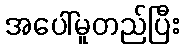
အပေါ်မူတည်ပြီး